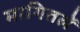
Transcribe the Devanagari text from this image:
मागितलें